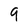
Character: 9